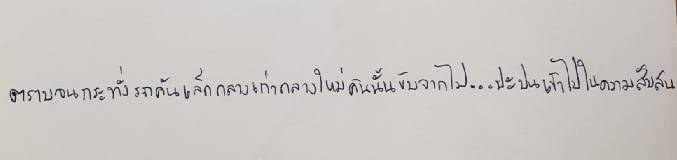
ตราบจนกระทั่งรถคันเล็กกลางเก่ากลางใหม่คันนั้นขับจากไป...ปะปนเข้าไปในความสับสน